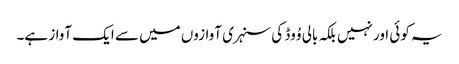
یہ کوئی اور نہیں بلکہ بالی وُوڈ کی سنہری آوازوں میں سے ایک آواز ہے۔